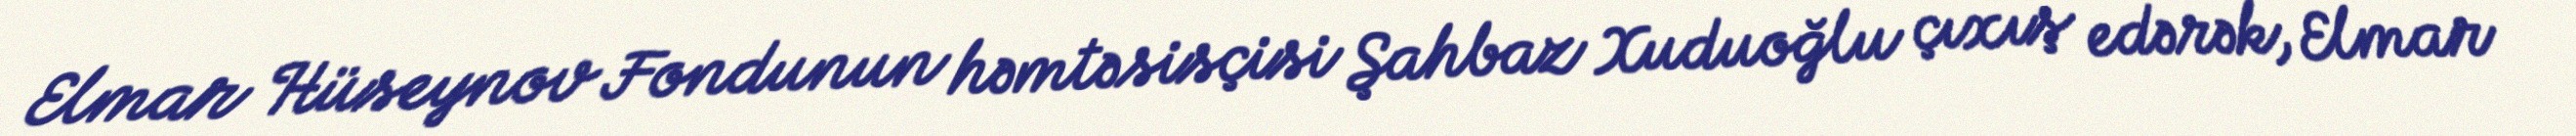
Elmar Hüseynov Fondunun həmtəsisçisi Şahbaz Xuduoğlu çıxış edərək, Elmar